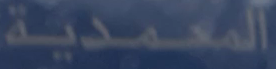
المعمدية